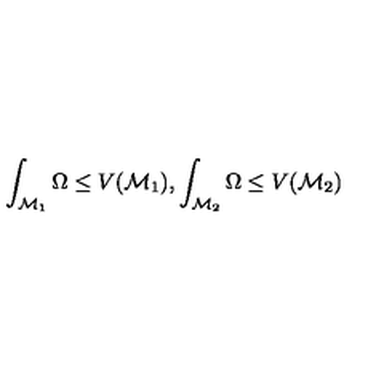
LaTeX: \int _ { \mathcal { M } _ { 1 } } \Omega \le V ( \mathcal { M } _ { 1 } ) , \int _ { \mathcal { M } _ { 2 } } \Omega \le V ( \mathcal { M } _ { 2 } )